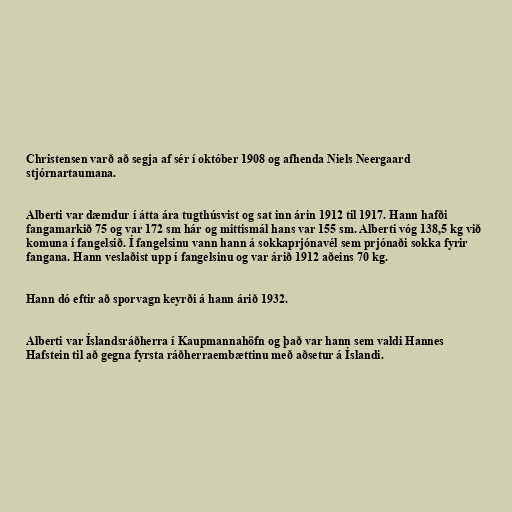
Christensen varð að segja af sér í október 1908 og afhenda Niels Neergaard
stjórnartaumana.

Alberti var dæmdur í átta ára tugthúsvist og sat inn árin 1912 til 1917. Hann hafði
fangamarkið 75 og var 172 sm hár og mittismál hans var 155 sm. Alberti vóg 138,5 kg við
komuna í fangelsið. Í fangelsinu vann hann á sokkaprjónavél sem prjónaði sokka fyrir
fangana. Hann veslaðist upp í fangelsinu og var árið 1912 aðeins 70 kg.

Hann dó eftir að sporvagn keyrði á hann árið 1932.

Alberti var Íslandsráðherra í Kaupmannahöfn og það var hann sem valdi Hannes
Hafstein til að gegna fyrsta ráðherraembættinu með aðsetur á Íslandi.